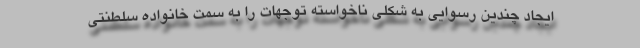
ایجاد چندین رسوایی به شکلی ناخواسته توجهات را به سمت خانواده سلطنتی